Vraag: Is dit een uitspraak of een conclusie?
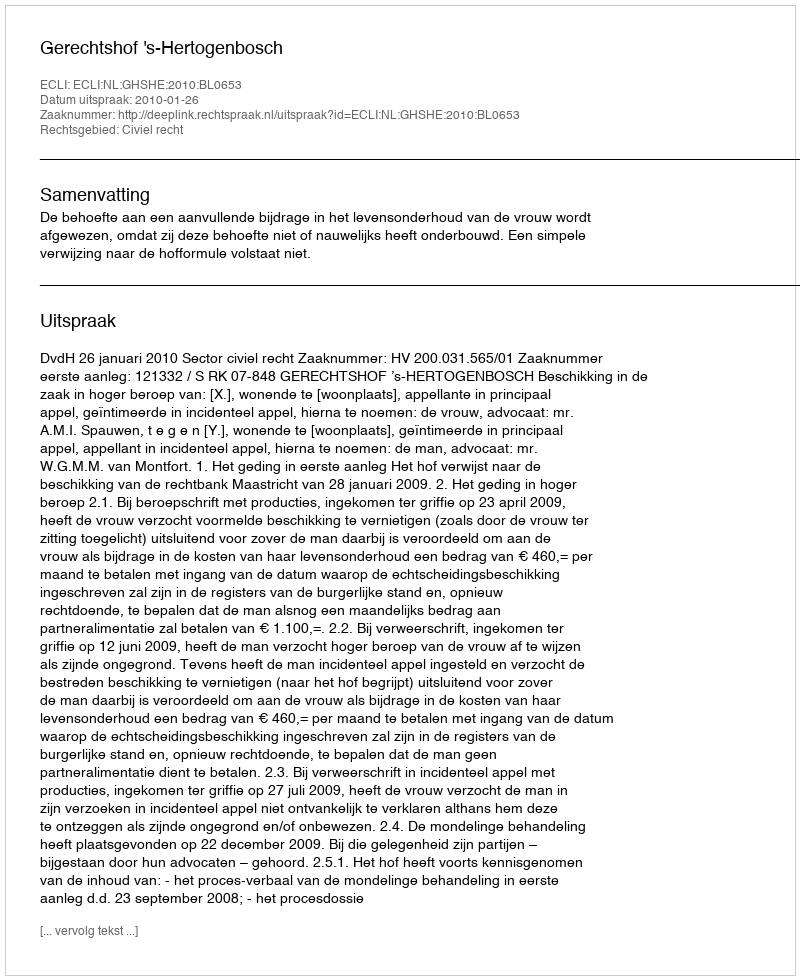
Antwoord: Uitspraak